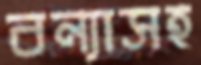
বন্যাসহ